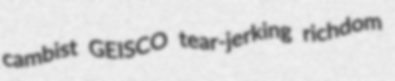
cambist GEISCO tear-jerking richdom